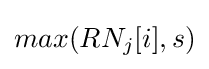
max(RN_{j}[i],s)